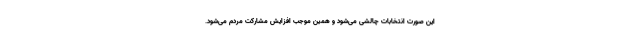
این صورت انتخابات چالشی می‌شود و همین موجب افزایش مشارکت مردم می‌شود.